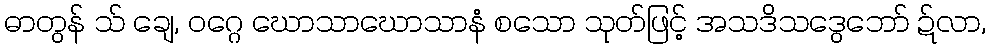
ဓာတွန် သ် ချေ, ဝဂ္ဂေ ဃောသာဃောသာနံ စသော သုတ်ဖြင့် အသဒိသဒွေဘော် ဍ်လာ,